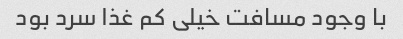
با وجود مسافت خیلی کم غذا سرد بود